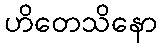
ဟိတေသိနော